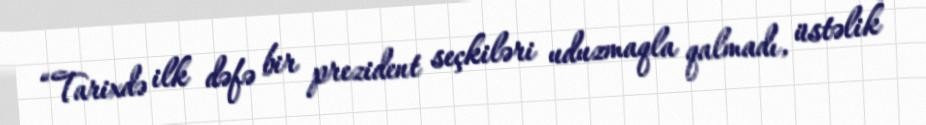
“Tarixdə ilk dəfə bir prezident seçkiləri uduzmaqla qalmadı, üstəlik